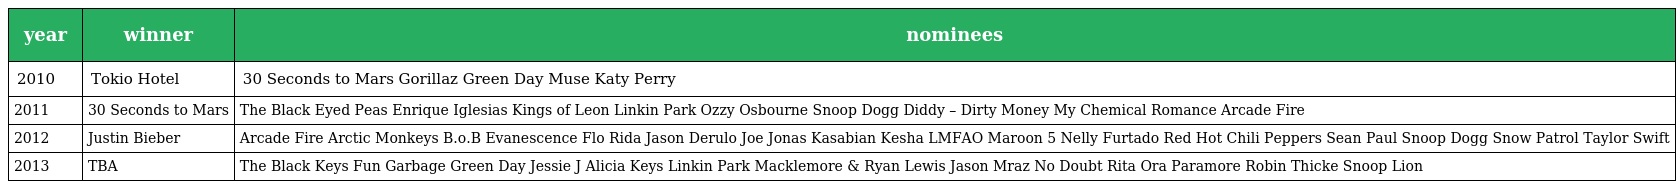
| year | winner | nominees |
 | --- | --- | --- |
 | 2010 | Tokio Hotel | 30 Seconds to Mars Gorillaz Green Day Muse Katy Perry |
 | 2011 | 30 Seconds to Mars | The Black Eyed Peas Enrique Iglesias Kings of Leon Linkin Park Ozzy Osbourne Snoop Dogg Diddy – Dirty Money My Chemical Romance Arcade Fire |
 | 2012 | Justin Bieber | Arcade Fire Arctic Monkeys B.o.B Evanescence Flo Rida Jason Derulo Joe Jonas Kasabian Kesha LMFAO Maroon 5 Nelly Furtado Red Hot Chili Peppers Sean Paul Snoop Dogg Snow Patrol Taylor Swift |
 | 2013 | TBA | The Black Keys Fun Garbage Green Day Jessie J Alicia Keys Linkin Park Macklemore & Ryan Lewis Jason Mraz No Doubt Rita Ora Paramore Robin Thicke Snoop Lion |